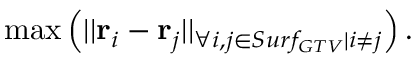
\operatorname* { m a x } \left( | | \mathbf { r } _ { i } - \mathbf { r } _ { j } | | _ { \forall i , j \in S u r f _ { G T V } | i \neq j } \right) .